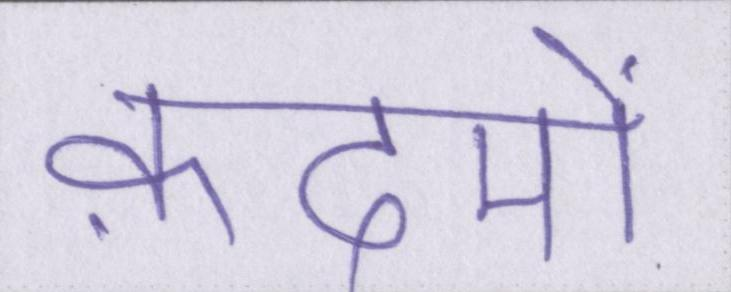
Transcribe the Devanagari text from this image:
क़दमों